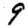
Digit: 9